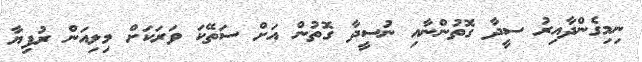
ނިމިގެންދާއިރު ސީދާ ގޮތުންނާއި ނުސީދާ ގޮތުން އަށް ސަތޭކަ ވަރަކަށް މިލިއަން ރުފިޔާ